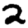
Digit: 2